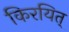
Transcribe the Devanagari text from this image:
किरयित्